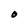
Character: O